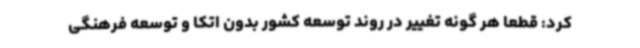
کرد: قطعا هر گونه تغییر در روند توسعه کشور بدون اتکا و توسعه فرهنگی